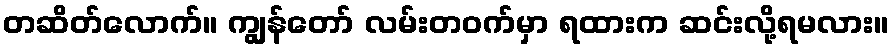
တဆိတ်လောက်။ ကျွန်တော် လမ်းတဝက်မှာ ရထားက ဆင်းလို့ရမလား။